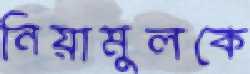
নিয়ামুলকে